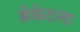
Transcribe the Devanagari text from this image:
ब्रेकेटला